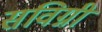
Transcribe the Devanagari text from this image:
सविग्नी